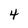
Character: 4